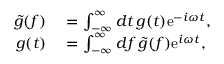
\begin{array} { r l } { \tilde { g } ( f ) } & { { } = \int _ { - \infty } ^ { \infty } \mathop { d t } g ( t ) \mathrm { e } ^ { - i \omega t } , } \\ { g ( t ) } & { { } = \int _ { - \infty } ^ { \infty } \mathop { d f } \tilde { g } ( f ) \mathrm { e } ^ { i \omega t } , } \end{array}